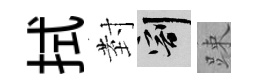
拭𭔹割踈